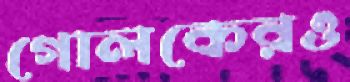
গোলকেরও